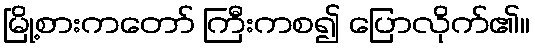
မြို့စားကတော် ကြီးကစ၍ ပြောလိုက်၏။